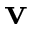
\mathbf { v }